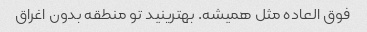
فوق العاده مثل همیشه‌. بهترینید تو منطقه بدون اغراق